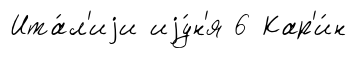
Ита́л'иjи иjу́н'я 6 Кар'и́н